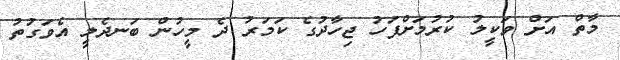
މާތް އަށް ވަކީލު ކުރުމަށްފަހު ޖިހާދުގެ ކަމަރު ދެ މީހުން ބަނދެލީ އެވަގުތު